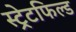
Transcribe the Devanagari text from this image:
स्ट्रेटफिल्ड